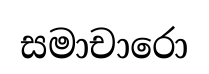
සමාචාරො